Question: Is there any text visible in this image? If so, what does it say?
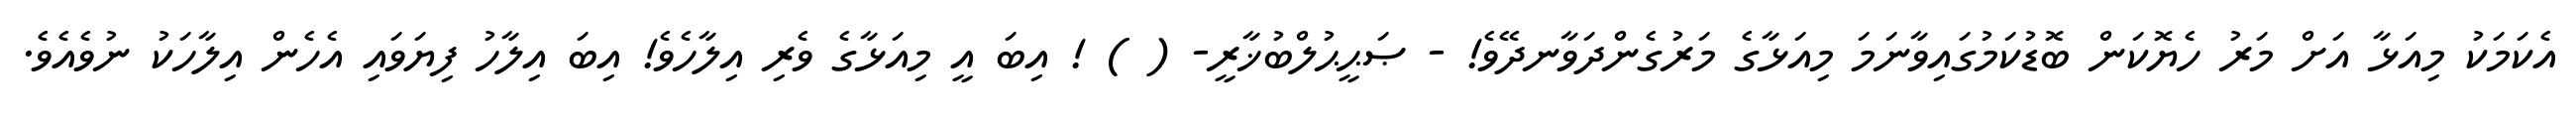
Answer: އެކަމަކު މިއަޅާ އަށް މަރު ހެޔޮކަން ބޮޑުކަމުގައިވާނަމަ މިއަޅާގެ މަރުގެންދަވާނދޭވެ! - ޞަޙީޙުލްބުޚާރީ- ( ) ! އިބަ އީ މިއަޅާގެ ވެރި އިލާހެވެ! އިބަ އިލާހު ފިޔަވައި އެހެން އިލާހަކު ނުވެއެވެ.